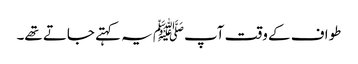
طواف کے وقت آپﷺ یہ کہتے جاتے تھے۔